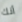
أنك